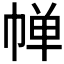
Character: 𪩷